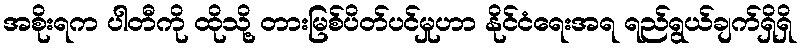
အစိုးရက ပါတီကို ထိုသို့ တားမြစ်ပိတ်ပင်မှုဟာ နိုင်ငံရေးအရ ရည်ရွယ်ချက်ရှိရှိ